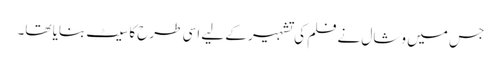
جس میں وشال نے فلم کی تشہیر کے لیے اسی طرح کا سیٹ بنایا تھا۔